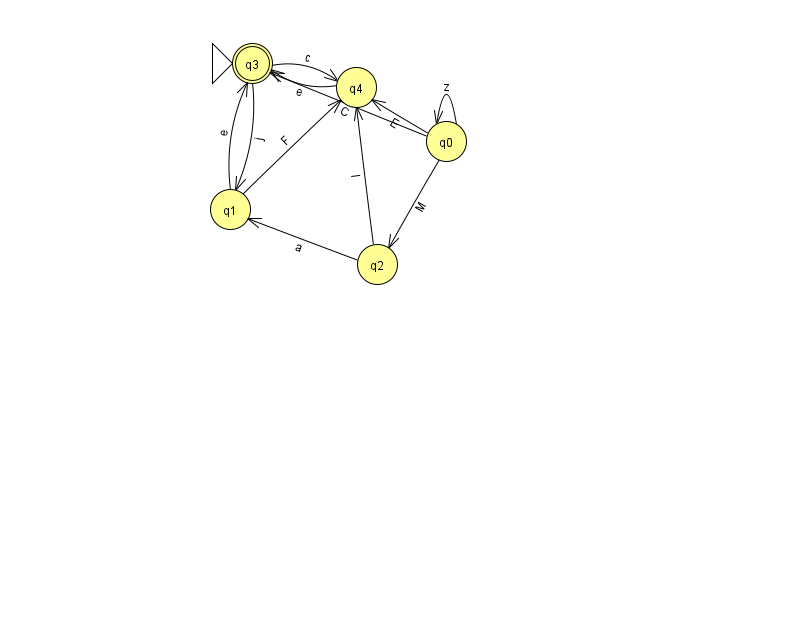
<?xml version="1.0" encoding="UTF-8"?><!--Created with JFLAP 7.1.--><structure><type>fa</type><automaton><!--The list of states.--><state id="0" name="q0"><x>446.0</x><y>128.0</y></state><state id="1" name="q1"><x>230.0</x><y>196.0</y></state><state id="2" name="q2"><x>377.0</x><y>251.0</y></state><state id="3" name="q3"><x>252.0</x><y>50.0</y><initial/><final/></state><state id="4" name="q4"><x>356.0</x><y>74.0</y></state><!--The list of transitions.--><transition><from>0</from><to>2</to><read>M</read></transition><transition><from>2</from><to>1</to><read>a</read></transition><transition><from>0</from><to>3</to><read>C</read></transition><transition><from>1</from><to>4</to><read>F</read></transition><transition><from>3</from><to>1</to><read>j</read></transition><transition><from>3</from><to>4</to><read>c</read></transition><transition><from>0</from><to>0</to><read>z</read></transition><transition><from>1</from><to>3</to><read>e</read></transition><transition><from>2</from><to>4</to><read>I</read></transition><transition><from>0</from><to>4</to><read>E</read></transition><transition><from>4</from><to>3</to><read>e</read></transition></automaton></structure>